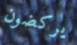
يركضون